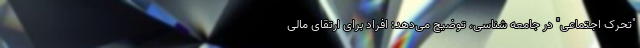
"تحرک اجتماعی" در جامعه شناسی، توضیح می‌دهد: افراد برای ارتقای مالی